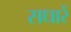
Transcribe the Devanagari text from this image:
सधारें